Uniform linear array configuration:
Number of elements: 16
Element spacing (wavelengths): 0.25
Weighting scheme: hamming
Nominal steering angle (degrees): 0
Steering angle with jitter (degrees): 0.5487
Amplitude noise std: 0.05
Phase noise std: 0.05

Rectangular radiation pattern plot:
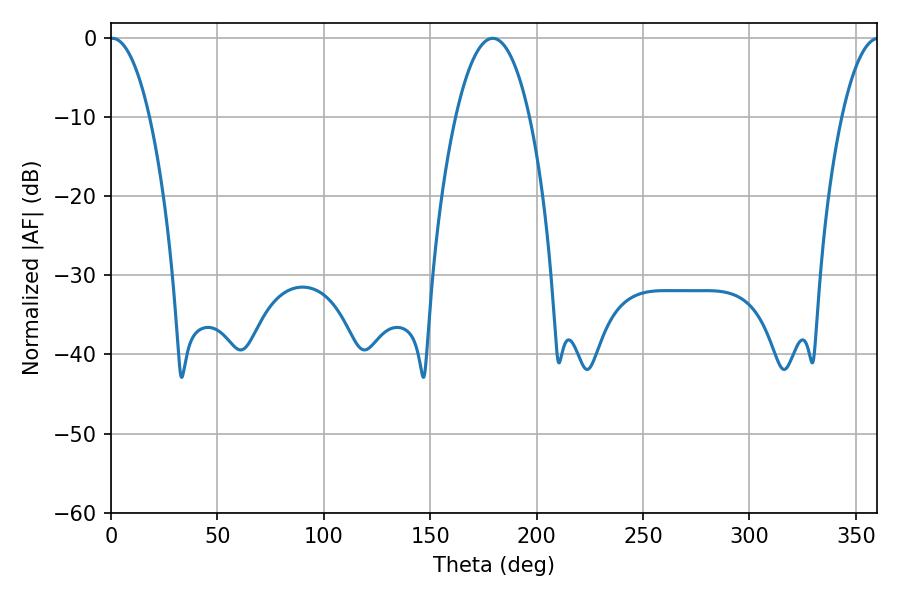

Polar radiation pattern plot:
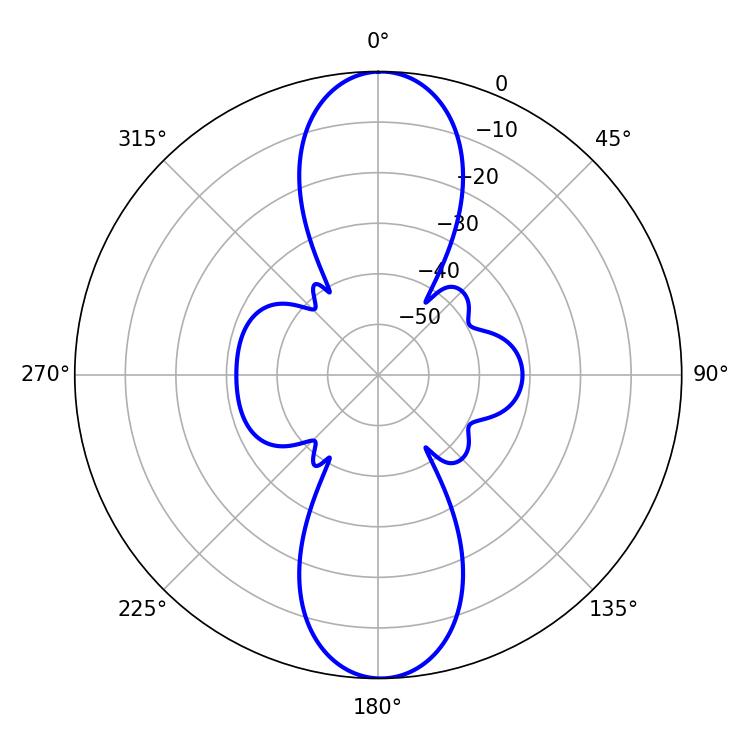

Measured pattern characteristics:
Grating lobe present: FALSE
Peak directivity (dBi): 23.744
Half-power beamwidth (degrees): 10.26
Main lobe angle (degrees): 0.72